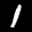
Label: 1